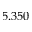
5 . 3 5 0